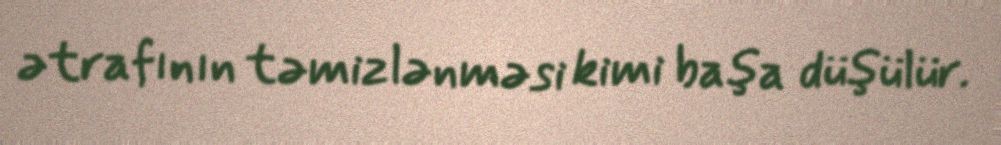
ətrafının təmizlənməsi kimi başa düşülür.